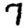
Digit: 7